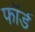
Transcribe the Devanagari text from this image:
फॉर्ड